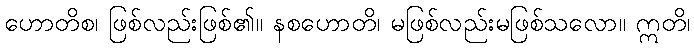
ဟောတိစ၊ ဖြစ်လည်းဖြစ်၏။ နစဟောတိ၊ မဖြစ်လည်းမဖြစ်သလော။ ဣတိ၊